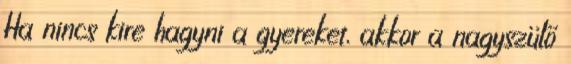
Ha nincs kire hagyni a gyereket, akkor a nagyszülő